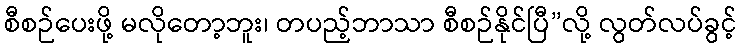
စီစဉ်ပေးဖို့ မလိုတော့ဘူး၊ တပည့်ဘာသာ စီစဉ်နိုင်ပြီ”လို့ လွတ်လပ်ခွင့်